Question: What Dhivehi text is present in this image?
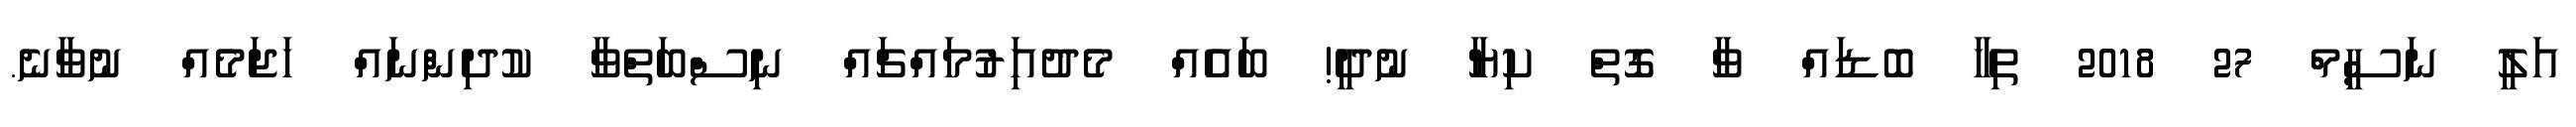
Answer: އަލީ ނަސީމް 27 2018 ތިހާ ބޮޑައް ވާ ގޮތް ކިޔާ ނުދީ! ބައެއް މެދުއަިރުމައްޗައް ނިސްބަތްވާ ކުދިންނައް ހަޖަމެއް ނުވާނެ.